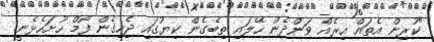
"ކުރިން އެތައް އިރެއް ވަންދެން ހޭލައި ތިބެގެން ކިޔުގައި ޖެހިގެން ފޯމް ހުށަހެޅެނީ.